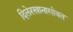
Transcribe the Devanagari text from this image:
दिलेरखानासोबत